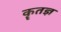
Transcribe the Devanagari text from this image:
कॄतज्ञ